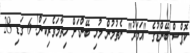
ކޮޕްސް ބޭންޑުގެ "އަމަރު" ނެތުމުން މުޅި ބޭންޑަށް ހިތާމަވެރިކަން! 6 ގަޑި 28